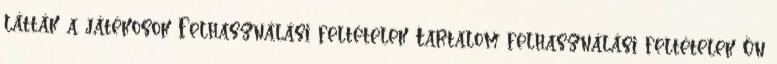
látták a játékosok Felhasználási feltételek Tartalom felhasználási feltételek Ön